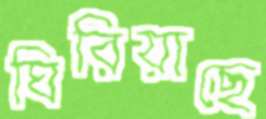
ঘিরিয়াছে